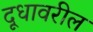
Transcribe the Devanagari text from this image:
दूधावरील